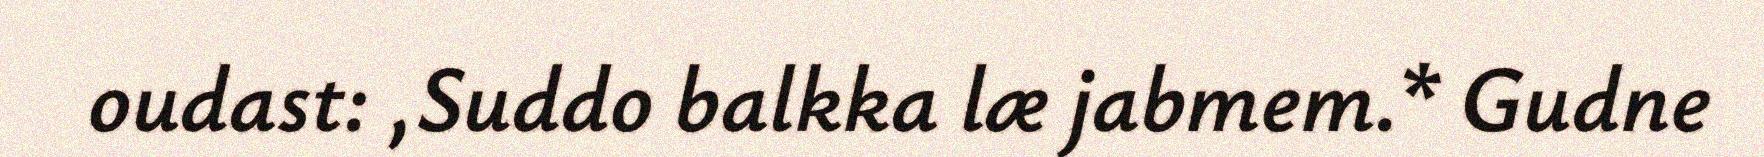
oudast: ,Suddo balkka læ jabmem.* Gudne